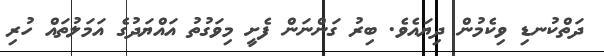
ދަތްކުނޑި ވިކެމުން ދިޔައެވެ. ބިިރު ގަންނަން ފެށީ މިވަގުތު އައްޔަދުގެ އަމަލުތައް ހުރި